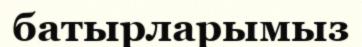
батырларымыз